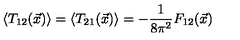
\left\langle T _ { 1 2 } ( \vec { x } ) \right\rangle = \left\langle T _ { 2 1 } ( \vec { x } ) \right\rangle = - \frac { 1 } { 8 \pi ^ { 2 } } F _ { 1 2 } ( \vec { x } )